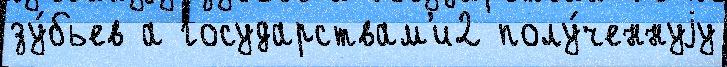
зу́бьев а государствам'и2 полу́ченнуjу